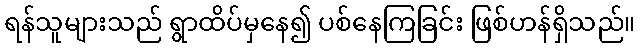
ရန်သူများသည် ရွာထိပ်မှနေ၍ ပစ်နေကြခြင်း ဖြစ်ဟန်ရှိသည်။